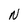
Character: N